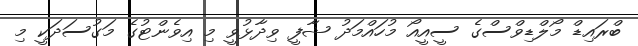
ބްރައިޑް މޯލްޑިވްސްގެ ސީއީއޯ މުހައްމަދު ޝާފީ ވިދާޅުވީ މި އިވެންޓުގެ މަގުސަދަކީ މި